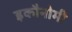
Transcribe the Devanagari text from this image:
इकौनोमी